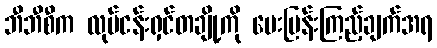
ဘီဘီစီက လုပ်ငန်းရှင်တချို့ကို မေးမြန်းကြည့်ချက်အရ